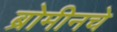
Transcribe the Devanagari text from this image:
ब्रोमीनचे